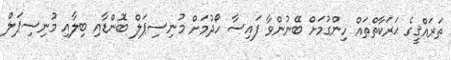
ތަރައްޤީގެ ޙަރަކާތްތައް ހިންގުމަށް ބޭނުންވާ ފައިސާ ހޯދުމަށް މުނިސިޕަލް ބޮންޑާއި ބިލާއި މުނިސިޕަލް